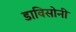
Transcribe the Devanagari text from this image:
डाविसोनी